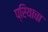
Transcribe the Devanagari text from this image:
प्रियाचा